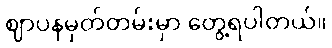
ဈာပနမှတ်တမ်းမှာ တွေ့ရပါတယ်။